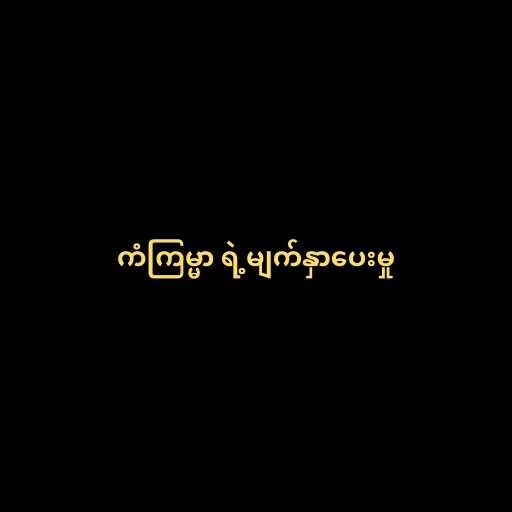
ကံကြမ္မာ ရဲ့မျက်နှာပေးမှု